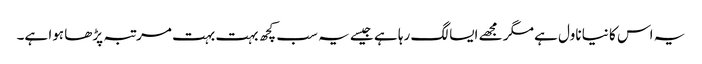
یہ اس کا نیا ناول ہے مگر مجھے ایسا لگ رہا ہے جیسے یہ سب کچھ بہت بہت مرتبہ پڑھا ہوا ہے۔